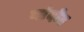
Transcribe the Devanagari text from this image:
नांदोद